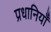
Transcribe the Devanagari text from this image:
प्रधानियाँ